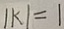
\vert k \vert = 1